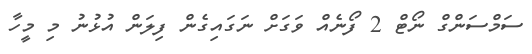
ސަމްސަންގް ނޯޓް 2 ފޯނެއް ވަގަށް ނަގައިގެން ފިލަން އުޅުނު މި މީހާ